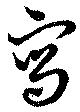
寫